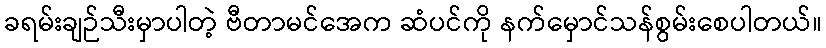
ခရမ်းချဉ်သီးမှာပါတဲ့ ဗီတာမင်အေက ဆံပင်ကို နက်မှောင်သန်စွမ်းစေပါတယ်။